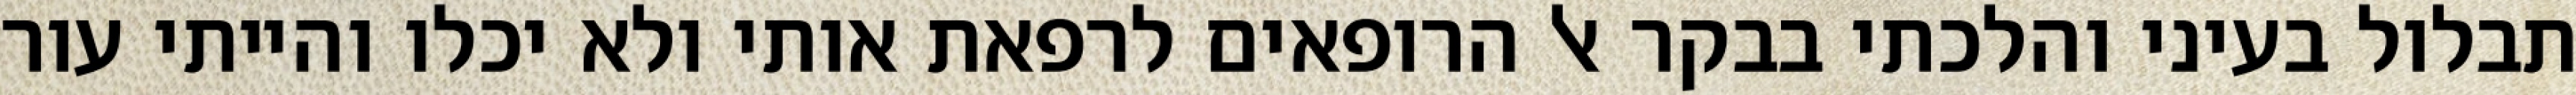
תבלול בעיני והלכתי בבקר אל הרופאים לרפאת אותי ולא יכלו והייתי עור